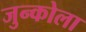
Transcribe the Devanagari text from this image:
जुन्कोला